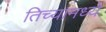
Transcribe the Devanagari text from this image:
तिच्यामध्यें